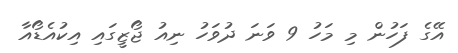
އޭގެ ފަހުން މި މަހު 9 ވަނަ ދުވަހު ނިއު ޖޯޒީގައި އިކުއެޑޯއާ